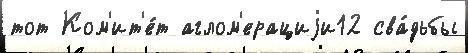
тот Ком'ит'е́т аглом'ерациjи12 сва́дьбы